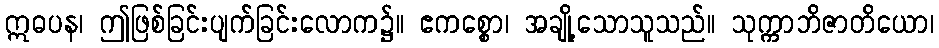
ဣဓပန၊ ဤဖြစ်ခြင်းပျက်ခြင်းလောက၌။ ဧကစ္စော၊ အချို့သောသူသည်။ သုက္ကာဘိဇာတိယော၊